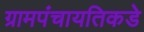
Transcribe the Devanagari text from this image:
ग्रामपंचायतिकडे